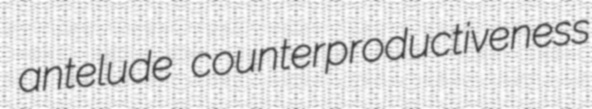
antelude counterproductiveness